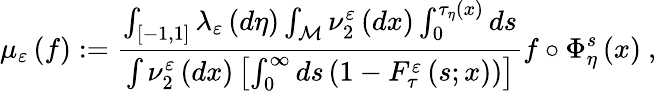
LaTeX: \mu_{\varepsilon}\left(f\right):=\frac{\int_{\left[-1,1\right]}\lambda_{\varepsilon}\left(d\eta\right)\int_{\mathcal{M}}\nu_{2}^{\varepsilon}\left(dx\right)\int_{0}^{\tau_{\eta}\left(x\right)}ds}{\int\nu_{2}^{\varepsilon}\left(dx\right)\left[\int_{0}^{\infty}ds\left(1-F_{\tau}^{\varepsilon}\left(s;x\right)\right)\right]}f\circ\Phi_{\eta}^{s}\left(x\right)\ ,